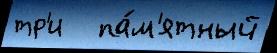
тр'и   па́м'ятный